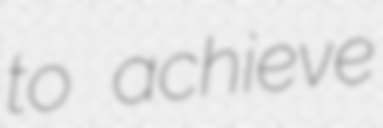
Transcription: to achieve